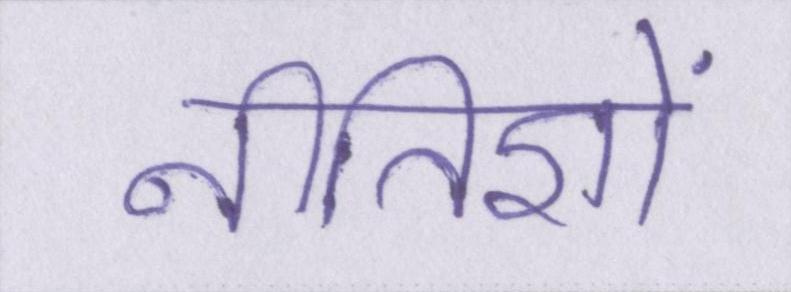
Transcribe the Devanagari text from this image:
नीतिज्ञों